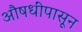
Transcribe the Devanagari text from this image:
औषधींपासून